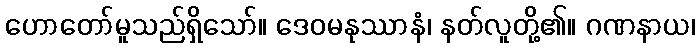
ဟောတော်မူသည်ရှိသော်။ ဒေဝမနုဿာနံ၊ နတ်လူတို့၏။ ဂဏနာယ၊